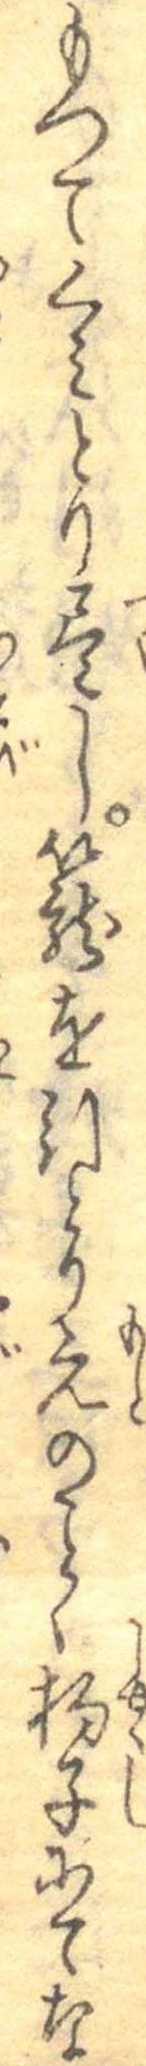
もつてくみとり尽し篭を引とり元のことく杓子にてな